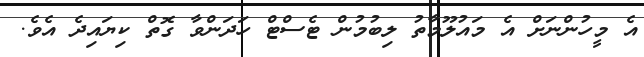
އެ މީހުންނަށް އެ މައުލޫމާތު ލިބުމުން ޓެސްޓް ހަދަންވާ ގޮތް ކިޔައިދެ އެވެ.